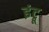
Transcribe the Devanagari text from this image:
इंट्रू